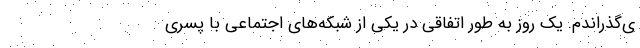
ی‌گذراندم. یک روز به طور اتفاقی در یکی از شبکه‌های اجتماعی با پسری